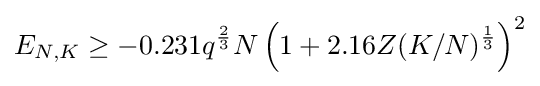
E_{N,K}\geq -0.231q^{\frac {2}{3}}N\left(1+2.16Z(K/N)^{\frac {1}{3}}\right)^{2}